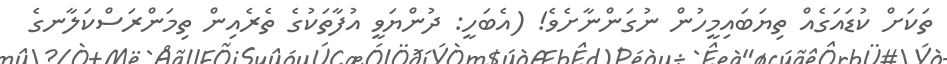
ތަކަށް ކުޑައަގެއް ތިޔަބައިމީހުން ނުގަންނާށެވެ! (އެބަހީ: ދުންޔަވީ އުފާތަކުގެ ތެރެއިން ތިމަންރަސްކަލާނގެ